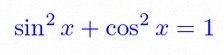
\sin^2x+\cos^2x=1